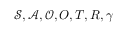
\mathcal { S } , \mathcal { A } , \mathcal { O } , O , T , R , \gamma